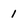
Character: 1